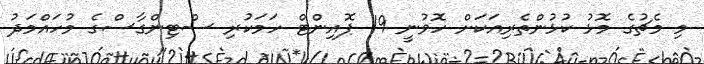
މި މެޗުގެ މޮޅު ކުޅުންތެރިއަކަށް ހޮވުނީ 19 ޕޮއިންޓް ހަމަކުރި ސްޓިންގާސްގެ މުހައްމަދު